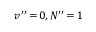
v ^ { \prime \prime } \, { = } \, 0 , N ^ { \prime \prime } \, { = } \, 1